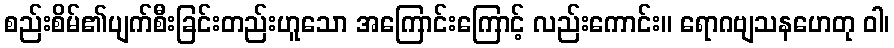
စည်းစိမ်၏ပျက်စီးခြင်းတည်းဟူသော အကြောင်းကြောင့် လည်းကောင်း။ ရောဂဗျသနဟေတု ဝါ၊